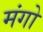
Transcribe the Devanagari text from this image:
मंगो